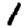
Digit: 1